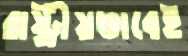
রাষ্ট্রীয়ভাবেই